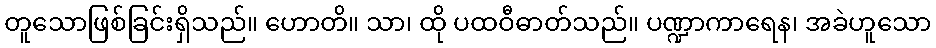
တူသောဖြစ်ခြင်းရှိသည်။ ဟောတိ။ သာ၊ ထို ပထဝီဓာတ်သည်။ ပဏ္ဍာကာရေန၊ အခဲဟူသော